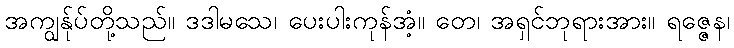
အကျွန်ုပ်တို့သည်။ ဒဒါမသေ၊ ပေးပါးကုန်အံ့။ တေ၊ အရှင်ဘုရားအား။ ရဇ္ဇေန၊